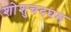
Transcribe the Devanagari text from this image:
शोशुचदघम्